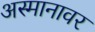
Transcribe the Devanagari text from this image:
अस्मानावर